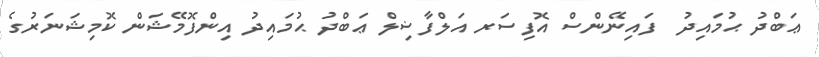
ޢަބްދު ޙުމައިދު  ފައިނޭންސް އޮފިސަރ އަލްފާޟިލް ޢަބްދު ޙުމައިދު އިންފޮމޭޝަން ކޮމިޝަނަރުގެ